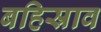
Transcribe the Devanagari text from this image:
बहिस्राव